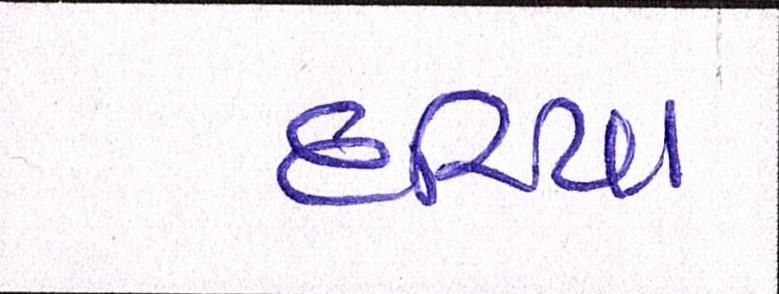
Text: દરિયા